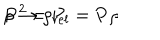
\rho \rightarrow \rho _ { r e l } = { \bf P } \rho \hspace { 2 c m } { \bf P } ^ { 2 } = { \bf P }